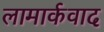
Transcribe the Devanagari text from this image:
लामार्कवाद